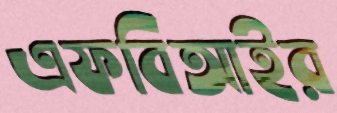
এফবিআইর